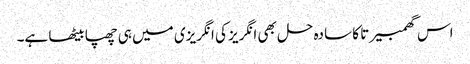
اس گھمبیرتا کا سادہ حل بھی انگریز کی انگریزی میں ہی چھپا بیٹھا ہے۔